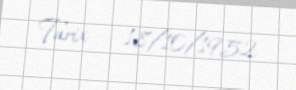
Tarix — 18/10/1952